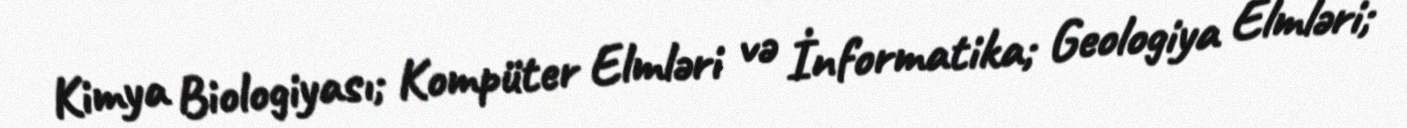
Kimya Biologiyası; Kompüter Elmləri və İnformatika; Geologiya Elmləri;